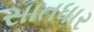
સાતધાર